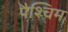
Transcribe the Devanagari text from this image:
पैश्चिम